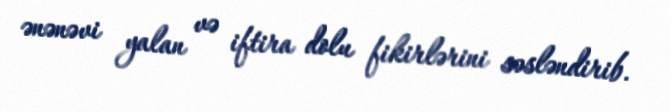
ənənəvi yalan və iftira dolu fikirlərini səsləndirib.